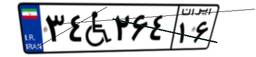
۳۴W۲۶۴۱۶